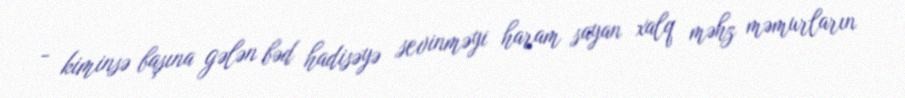
- kiminsə başına gələn bəd hadisəyə sevinməyi haram sayan xalq məhz məmurların